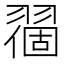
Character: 𬚅